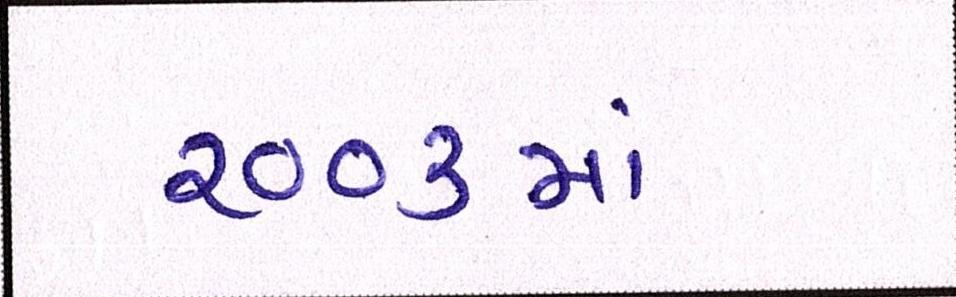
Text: ૨૦૦૩માં